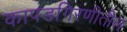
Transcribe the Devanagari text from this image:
कापडगिरणीतील